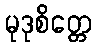
မုဒုစိတ္တေ